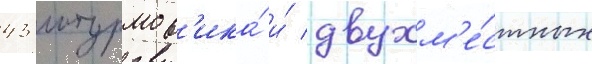
43 штурмов'ика́ и́ двухм'е́стных